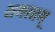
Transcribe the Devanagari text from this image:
समाप्तम्‌